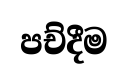
පච්දීම